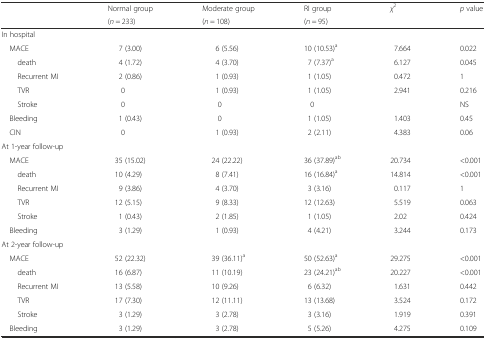
<table><thead><tr><td rowspan="2"></td><td><b>Normal group</b></td><td><b>Moderate group</b></td><td><b>RI group</b></td><td rowspan="2"><b><i>χ</i><sup>2</sup></b></td><td rowspan="2"><b><i>p</i> value</b></td></tr><tr><td><b>(<i>n</i> = 233)</b></td><td><b>(<i>n</i> = 108)</b></td><td><b>(<i>n</i> = 95)</b></td></tr></thead><tbody><tr><td colspan="6">In hospital</td></tr><tr><td> MACE</td><td>7 (3.00)</td><td>6 (5.56)</td><td>10 (10.53)<sup>a</sup></td><td>7.664</td><td>0.022</td></tr><tr><td>death</td><td>4 (1.72)</td><td>4 (3.70)</td><td>7 (7.37)<sup>a</sup></td><td>6.127</td><td>0.045</td></tr><tr><td>Recurrent MI</td><td>2 (0.86)</td><td>1 (0.93)</td><td>1 (1.05)</td><td>0.472</td><td>1</td></tr><tr><td>TVR</td><td>0</td><td>1 (0.93)</td><td>1 (1.05)</td><td>2.941</td><td>0.216</td></tr><tr><td>Stroke</td><td>0</td><td>0</td><td>0</td><td></td><td>NS</td></tr><tr><td> Bleeding</td><td>1 (0.43)</td><td>0</td><td>1 (1.05)</td><td>1.403</td><td>0.45</td></tr><tr><td> CIN</td><td>0</td><td>1 (0.93)</td><td>2 (2.11)</td><td>4.383</td><td>0.06</td></tr><tr><td colspan="6">At 1-year follow-up</td></tr><tr><td> MACE</td><td>35 (15.02)</td><td>24 (22.22)</td><td>36 (37.89)<sup>ab</sup></td><td>20.734</td><td>&lt;0.001</td></tr><tr><td>death</td><td>10 (4.29)</td><td>8 (7.41)</td><td>16 (16.84)<sup>a</sup></td><td>14.814</td><td>&lt;0.001</td></tr><tr><td>Recurrent MI</td><td>9 (3.86)</td><td>4 (3.70)</td><td>3 (3.16)</td><td>0.117</td><td>1</td></tr><tr><td>TVR</td><td>12 (5.15)</td><td>9 (8.33)</td><td>12 (12.63)</td><td>5.519</td><td>0.063</td></tr><tr><td>Stroke</td><td>1 (0.43)</td><td>2 (1.85)</td><td>1 (1.05)</td><td>2.02</td><td>0.424</td></tr><tr><td> Bleeding</td><td>3 (1.29)</td><td>1 (0.93)</td><td>4 (4.21)</td><td>3.244</td><td>0.173</td></tr><tr><td colspan="6">At 2-year follow-up</td></tr><tr><td> MACE</td><td>52 (22.32)</td><td>39 (36.11)<sup>a</sup></td><td>50 (52.63)<sup>a</sup></td><td>29.275</td><td>&lt;0.001</td></tr><tr><td>death</td><td>16 (6.87)</td><td>11 (10.19)</td><td>23 (24.21)<sup>ab</sup></td><td>20.227</td><td>&lt;0.001</td></tr><tr><td>Recurrent MI</td><td>13 (5.58)</td><td>10 (9.26)</td><td>6 (6.32)</td><td>1.631</td><td>0.442</td></tr><tr><td>TVR</td><td>17 (7.30)</td><td>12 (11.11)</td><td>13 (13.68)</td><td>3.524</td><td>0.172</td></tr><tr><td>Stroke</td><td>3 (1.29)</td><td>3 (2.78)</td><td>3 (3.16)</td><td>1.919</td><td>0.391</td></tr><tr><td> Bleeding</td><td>3 (1.29)</td><td>3 (2.78)</td><td>5 (5.26)</td><td>4.275</td><td>0.109</td></tr></tbody></table>